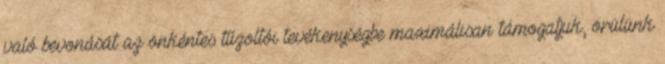
való bevonását az önkéntes tűzoltói tevékenységbe maximálisan támogatjuk, örülünk